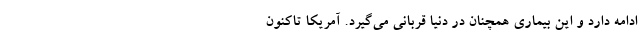
ادامه دارد و این بیماری همچنان در دنیا قربانی می‌گیرد. آمریکا تاکنون